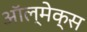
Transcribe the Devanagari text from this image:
ऑल्मेक्स